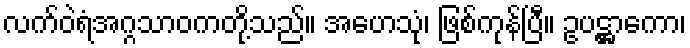
လက်ဝဲရံအဂ္ဂသာဝကတို့သည်။ အဟေသုံ၊ ဖြစ်ကုန်ပြီ။ ဥပဋ္ဌာကော၊